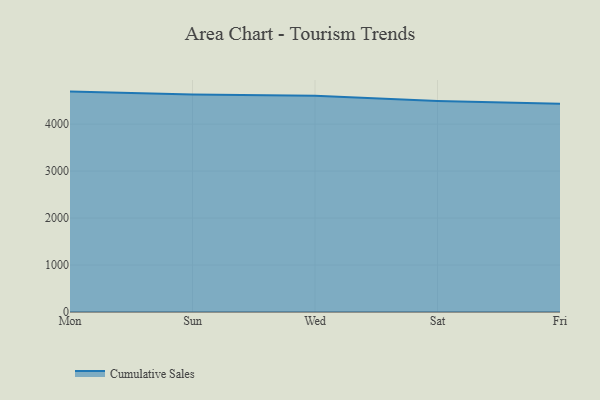
{"axis": {"x": "Day", "y": "Waste Production (Tons)"}, "legend": ["Cumulative Sales"], "data": [{"x": "Mon", "y": 4692.5, "type": "Cumulative Sales"}, {"x": "Sun", "y": 4631.4, "type": "Cumulative Sales"}, {"x": "Wed", "y": 4602.1, "type": "Cumulative Sales"}, {"x": "Sat", "y": 4492.7, "type": "Cumulative Sales"}, {"x": "Fri", "y": 4431.2, "type": "Cumulative Sales"}]}